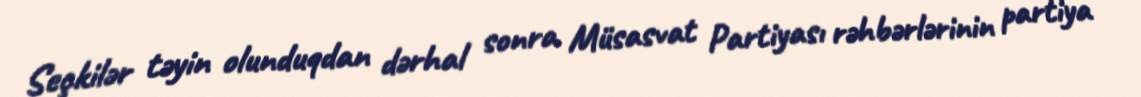
Seçkilər təyin olunduqdan dərhal sonra Müsasvat Partiyası rəhbərlərinin partiya